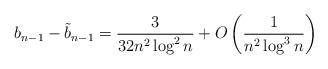
LaTeX: \begin{gather*}b_{n-1} - \tilde{b}_{n-1} = \frac{3}{32 n^2 \log^2n} + O\left(\frac{1}{n^2\log^3n}\right)\end{gather*}